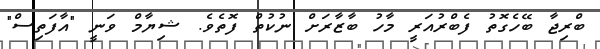
ބްރިޖާ ބޭހެގޮތު ފެބްރުއަރީ މާހު ބާޒާރަށް ނުކުތް ފޮތެވެ. ޝިޔާމް ވަނީ "އާފަތިސް"